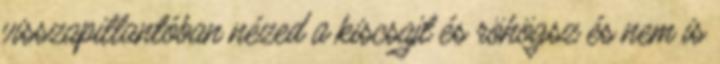
visszapillantóban nézed a kiscsajt és röhögsz és nem is